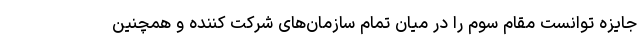
جایزه توانست مقام سوم را در میان تمام سازمان‌های شرکت کننده و همچنین